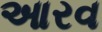
આરવ